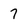
Character: 7